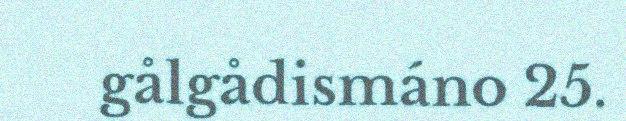
gålgådismáno 25.